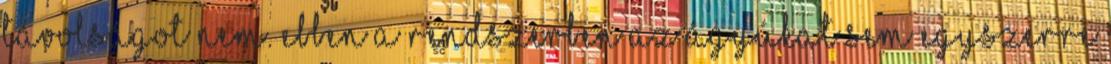
távolságot nem. Ebben a rendszerben az ágyúkat sem egyszerre